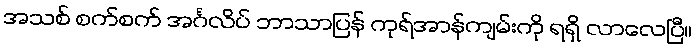
အသစ် စက်စက် အင်္ဂလိပ် ဘာသာပြန် ကုရ်အာန်ကျမ်းကို ရရှိ လာလေပြီ။